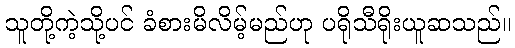
သူတို့ကဲ့သို့ပင် ခံစားမိလိမ့်မည်ဟု ပရိုသီရိုးယူဆသည်။